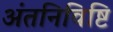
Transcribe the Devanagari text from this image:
अंतनिविष्टि